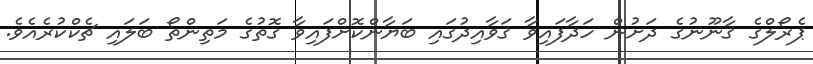
ޕެރޯލްގެ ޤާނޫނުގެ ދަށުން ހަދާފައިވާ ޤަވާއިދުގައި ބަޔާންކޮށްފައިވާ ގޮތުގެ މަތިންތޯ ބަލައި ޗެކްކުރެއެވެ.